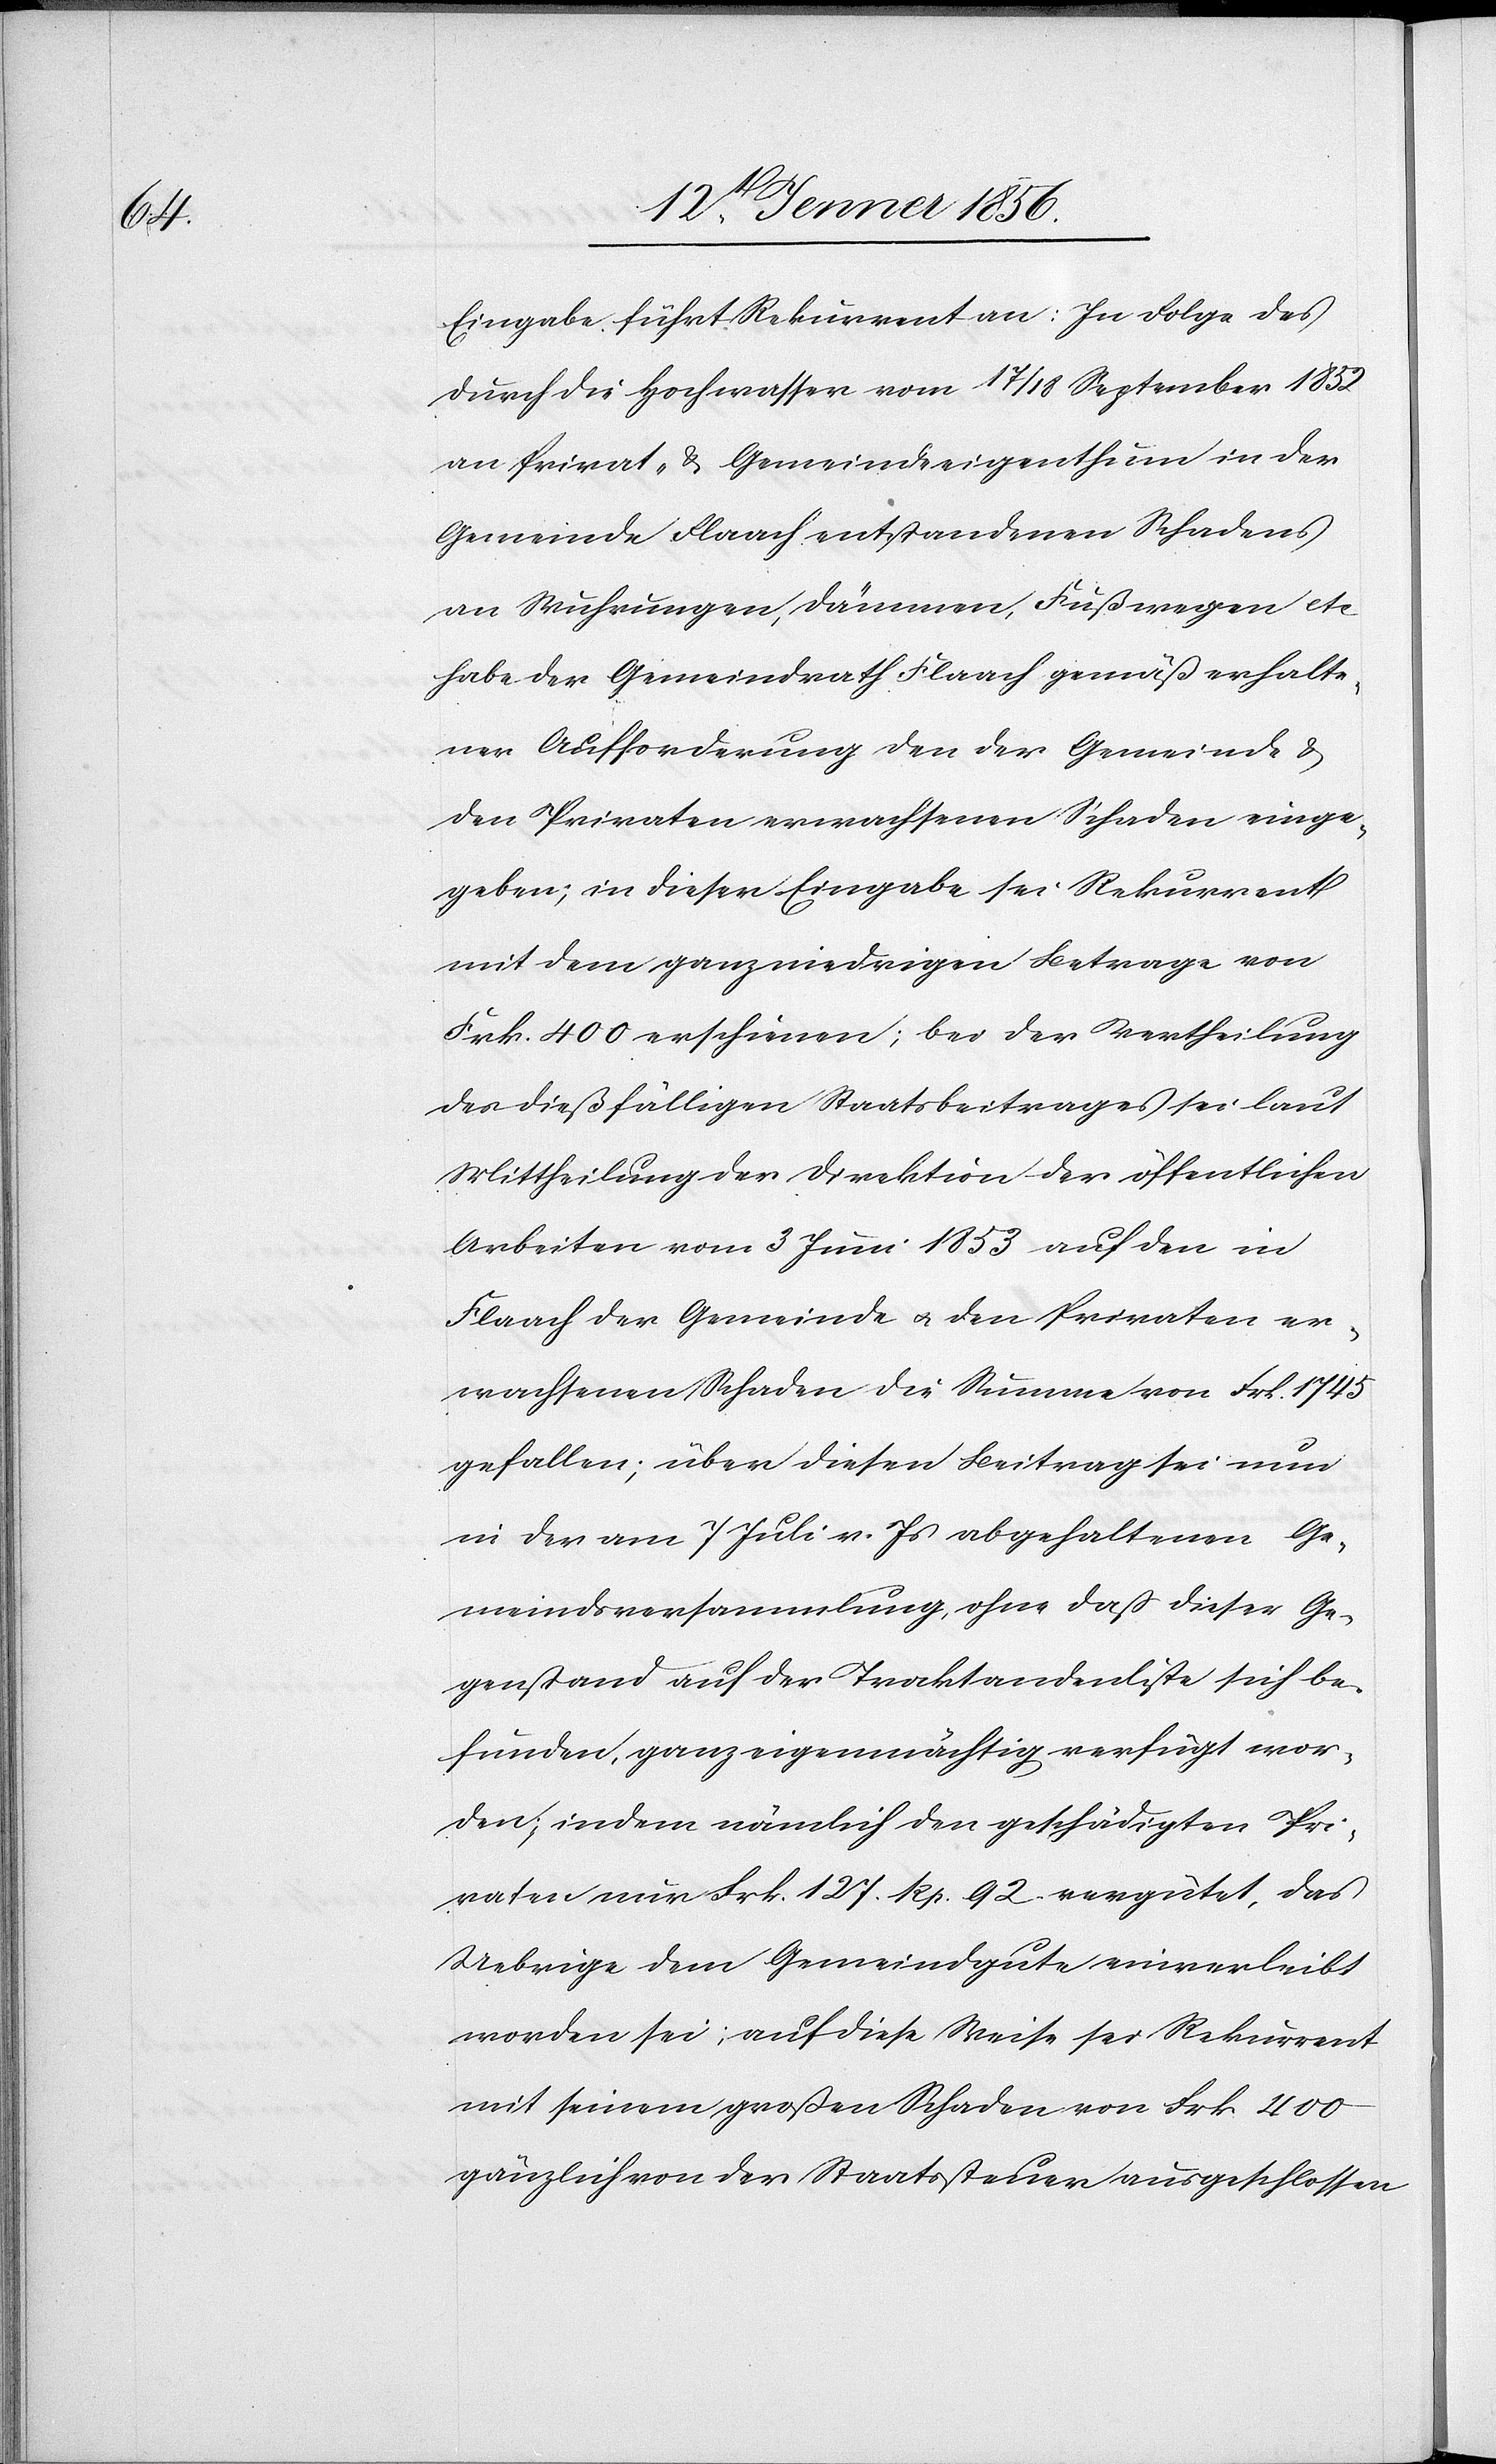
Eingabe führt Rekurrent an: In Folge des
durch die Hochwasser vom 17/18 September 1852
an Privat-& Gemeindeeigenthum in der
Gemeinde Flaach entstandenen Schadens
an Wuhrungen, Dämmen, Fußwegen etc
habe der Gemeindrath Flaach gemäß erhalte¬
ner Aufforderung den der Gemeinde &
den Privaten erwachsenen Schaden einge¬
geben; in dieser Eingabe sei Rekurrent
mit dem ganz niedrigen Betrage von
Frk. 400 erschienen; bei der Vertheilung
des dießfälligen Staatsbeitrages sei laut
Mittheilung der Direktion der öffentlichen
Arbeiten vom 3 Juni 1853 auf den in
Flaach der Gemeinde u. den Privaten er¬
wachsenen Schaden die Summe von Frk. 1745
gefallen; über diesen Beitrag sei nun
in der am 7 Juli v. Js abgehaltenen Ge¬
meindsversammlung, ohne daß dieser Ge¬
genstand auf der Traktandenliste sich be¬
funden, ganz eigenmächtig verfügt wor¬
den; indem nämlich den geschädigten Pri¬
vaten nur Frk. 127. Rp. 92 vergütet, das
Uebrige dem Gemeindgute einverleibt
worden sei; auf diese Weise sei Rekurrent
mit seinem großen Schaden von Frk 400
gänzlich von der Staatssteuer ausgeschlossen